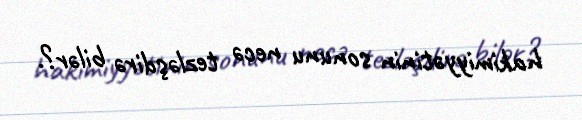
hakimiyyətinin sonunu necə tezləşdirə bilər?.